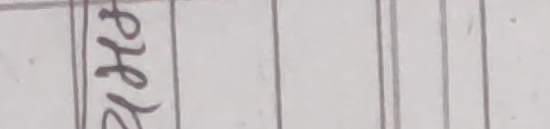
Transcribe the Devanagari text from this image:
फह